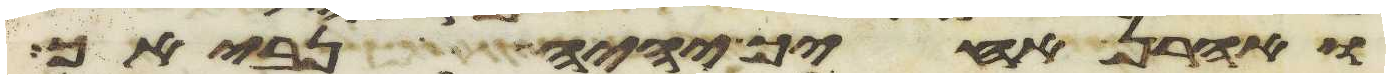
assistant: ואהרן אחיך יהיה נביאך